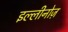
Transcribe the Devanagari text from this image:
इल्लीनोज़